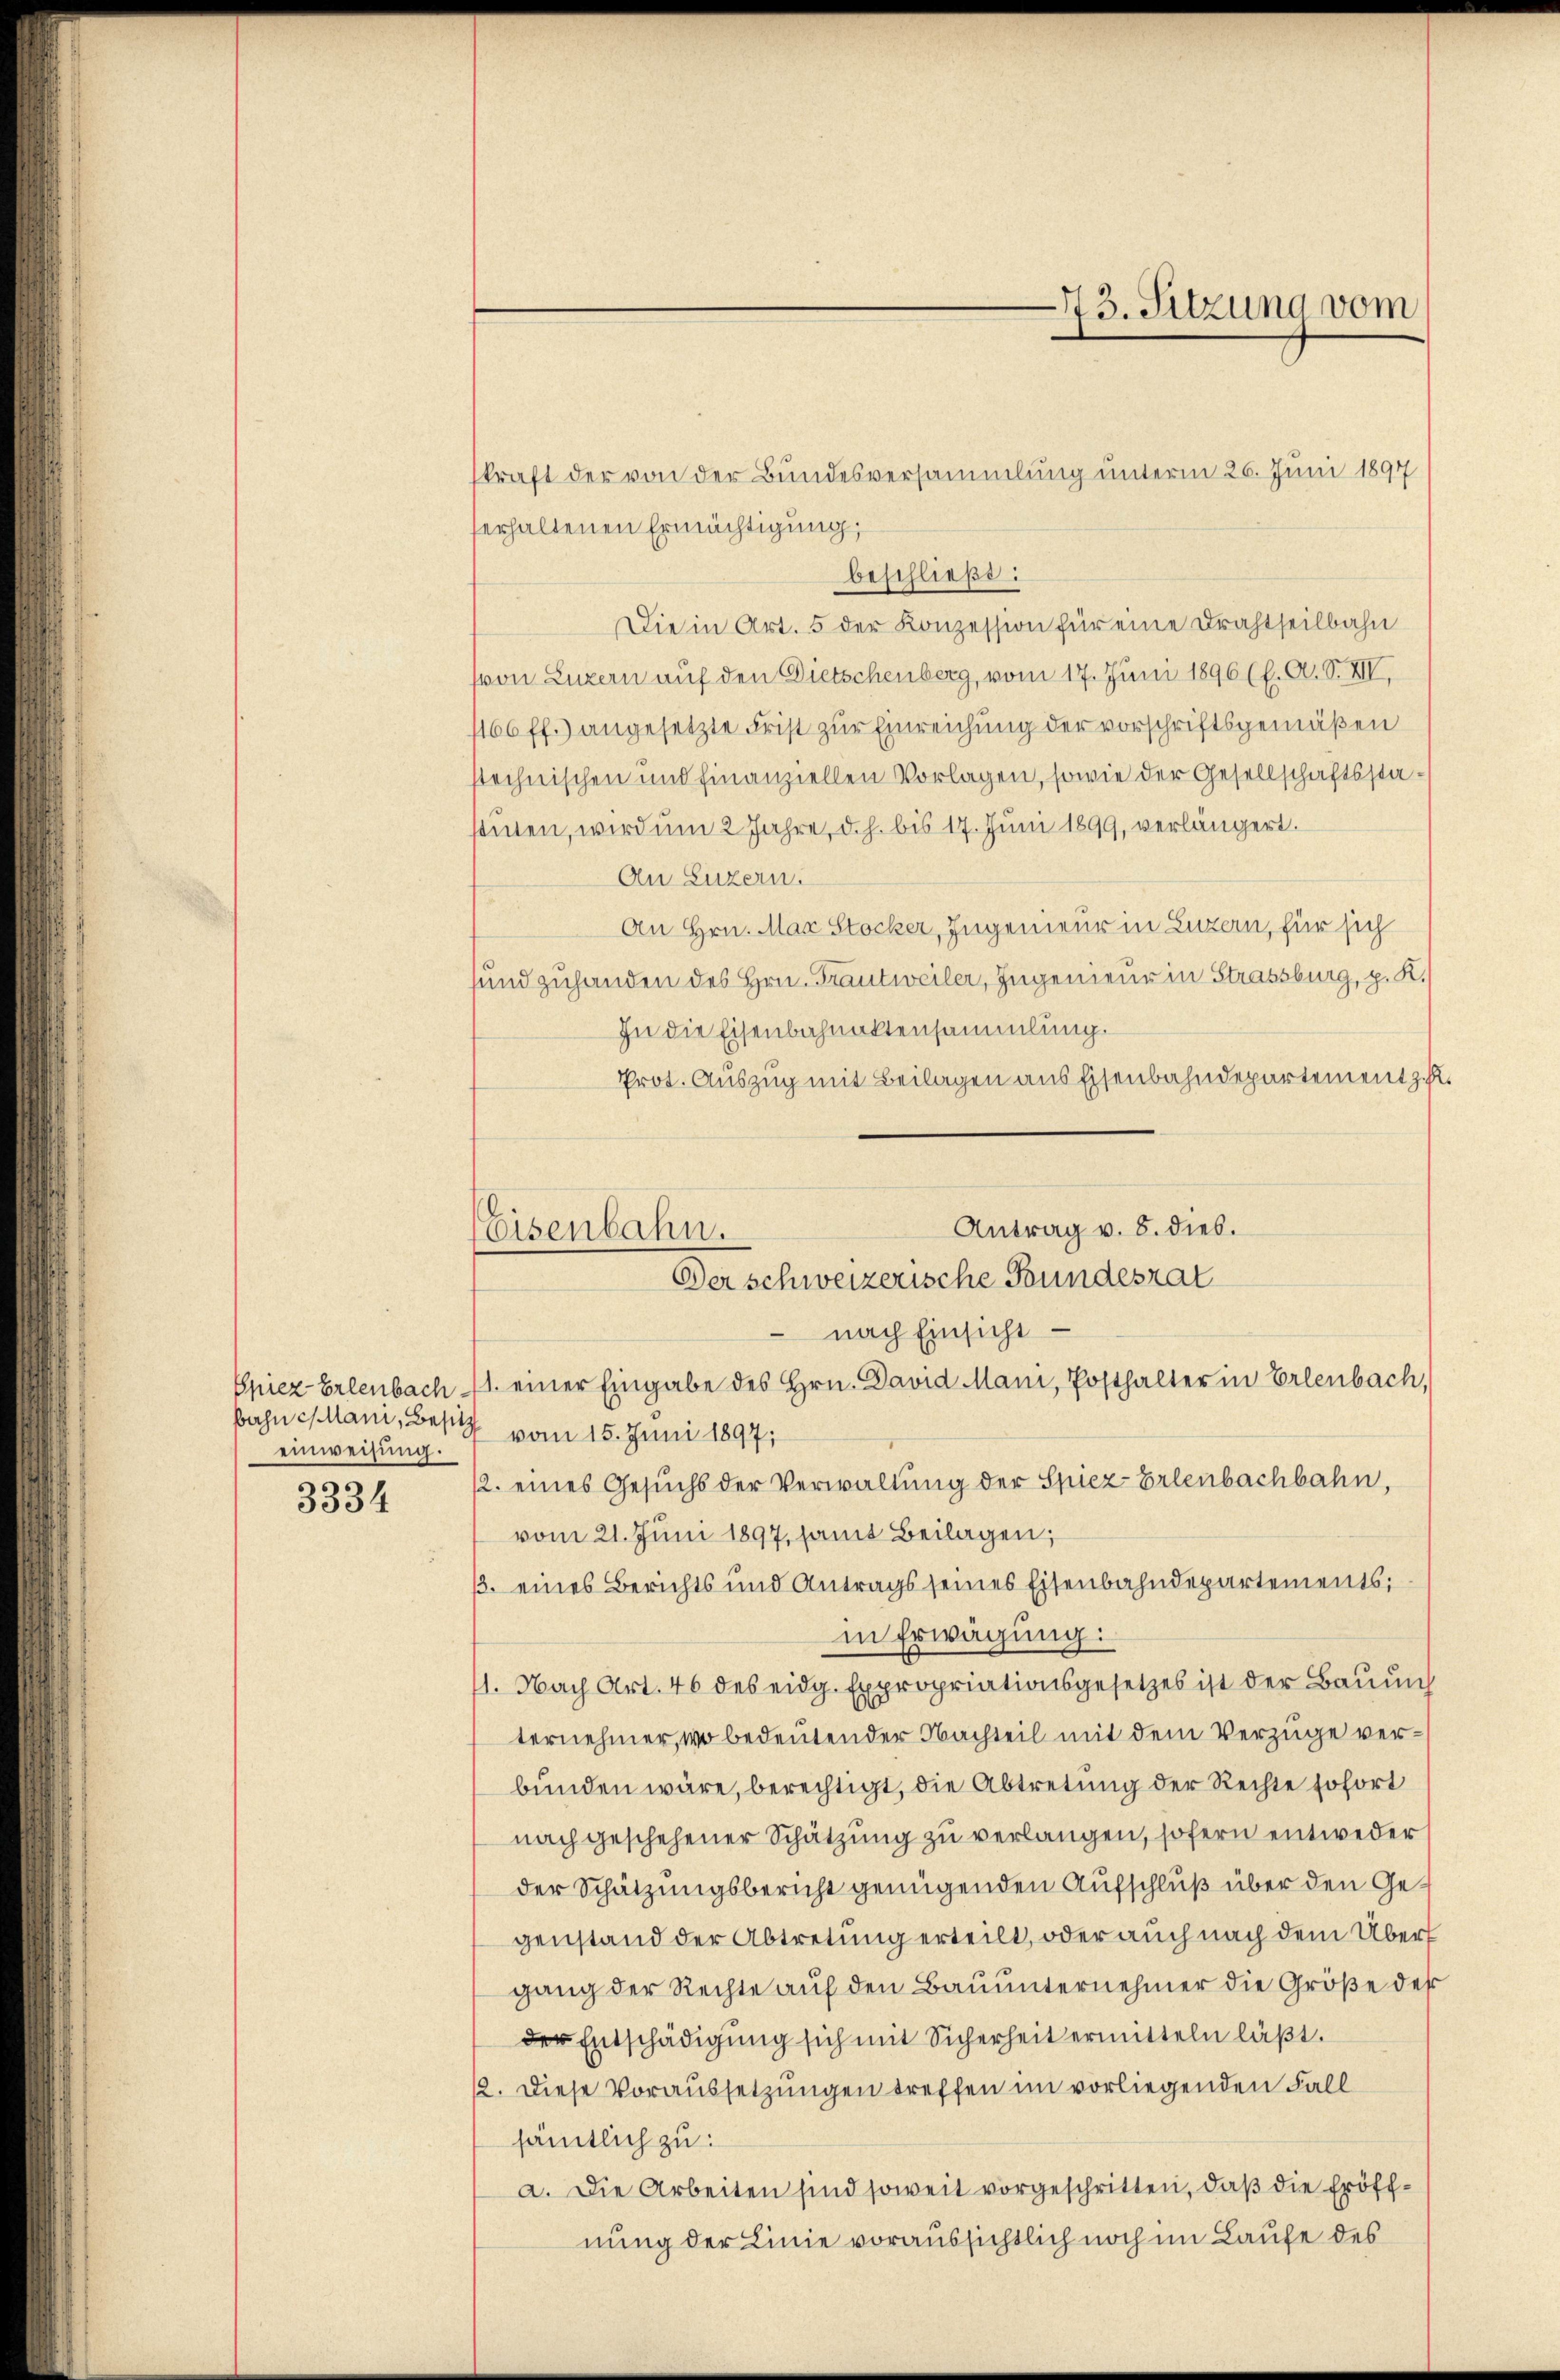
Spiez Erlenbach.
bahn cani, Besitz
einweisung.

3334

73. Sitzung vom

kraft der von der Bundesversammlung unterm 26. Juni 1894
erhaltenen Ermächtigung;
beschließt:
Die in Art. 5 der Konzession für eine Drahtseilbahn
(von Luzern auf den Dietschenberg, vom 17. Juni 1896 (s. A. S. XII.
1166 ff.) angesetzte Frist zur Einreichung der vorschriftsgemäßen
stechnischen und finanziellen Vorlagen, sowie der Gesellschaftsstastuten, wird um 2 Jahre, d. h. bis 17. Juni 1899, verlängert.
An Luzern.
An Hrn. Max Stocker, Ingenieur in Luzern, für sich
und zuhanden des Hrn. Frantweiler, Ingenieur in Strassburg, p. K.
In die Eisenbahnaktensammlung.
Prot. Auszug mit Beilagen aus Eisenbahndepartement zu
Antrag v. 8. dies.
Eisenbahn.
Der schweizerische Bundesrat
 nach Einsicht.

1. einer Eingabe des Hrn. David Mani, Posthalter in Erlenbach,
vom 15. Juni 1897;
12. eines Gesuchs der Verwaltung der Spiez-Erlenbachbahn,
vom 21. Juni 1897, samt Beilagen;
3. eines Berichts und Antrags seines Eisenbahndepartements;
in Erwägung:
1. Nach Art. 46 des eidg. Expropriationsgesetzes ist der Bauun
ternehmer, wo bedeutender Nachteil mit dem Verzüge verbunden wäre, berechtigt, die Abtretung der Rechte sofort
nach geschehener Schätzung zu verlangen, sofern entweder
der Schätzungsbericht genügenden Aufschluß über den Gegenstand der Abtretung erteilt, oder auch nach dem Über
gang der Rechte auf den Bauunternehmer die Größe des
der Entschädigung sich mit Sicherheit ermitteln läßt.
12. Diese Voraussetzungen treffen im vorliegenden Fall
sämtlich zu:
a. Die Arbeiten sind soweit vorgeschritten, daß die Eröffnung der Linie voraussichtlich noch im Laufe des